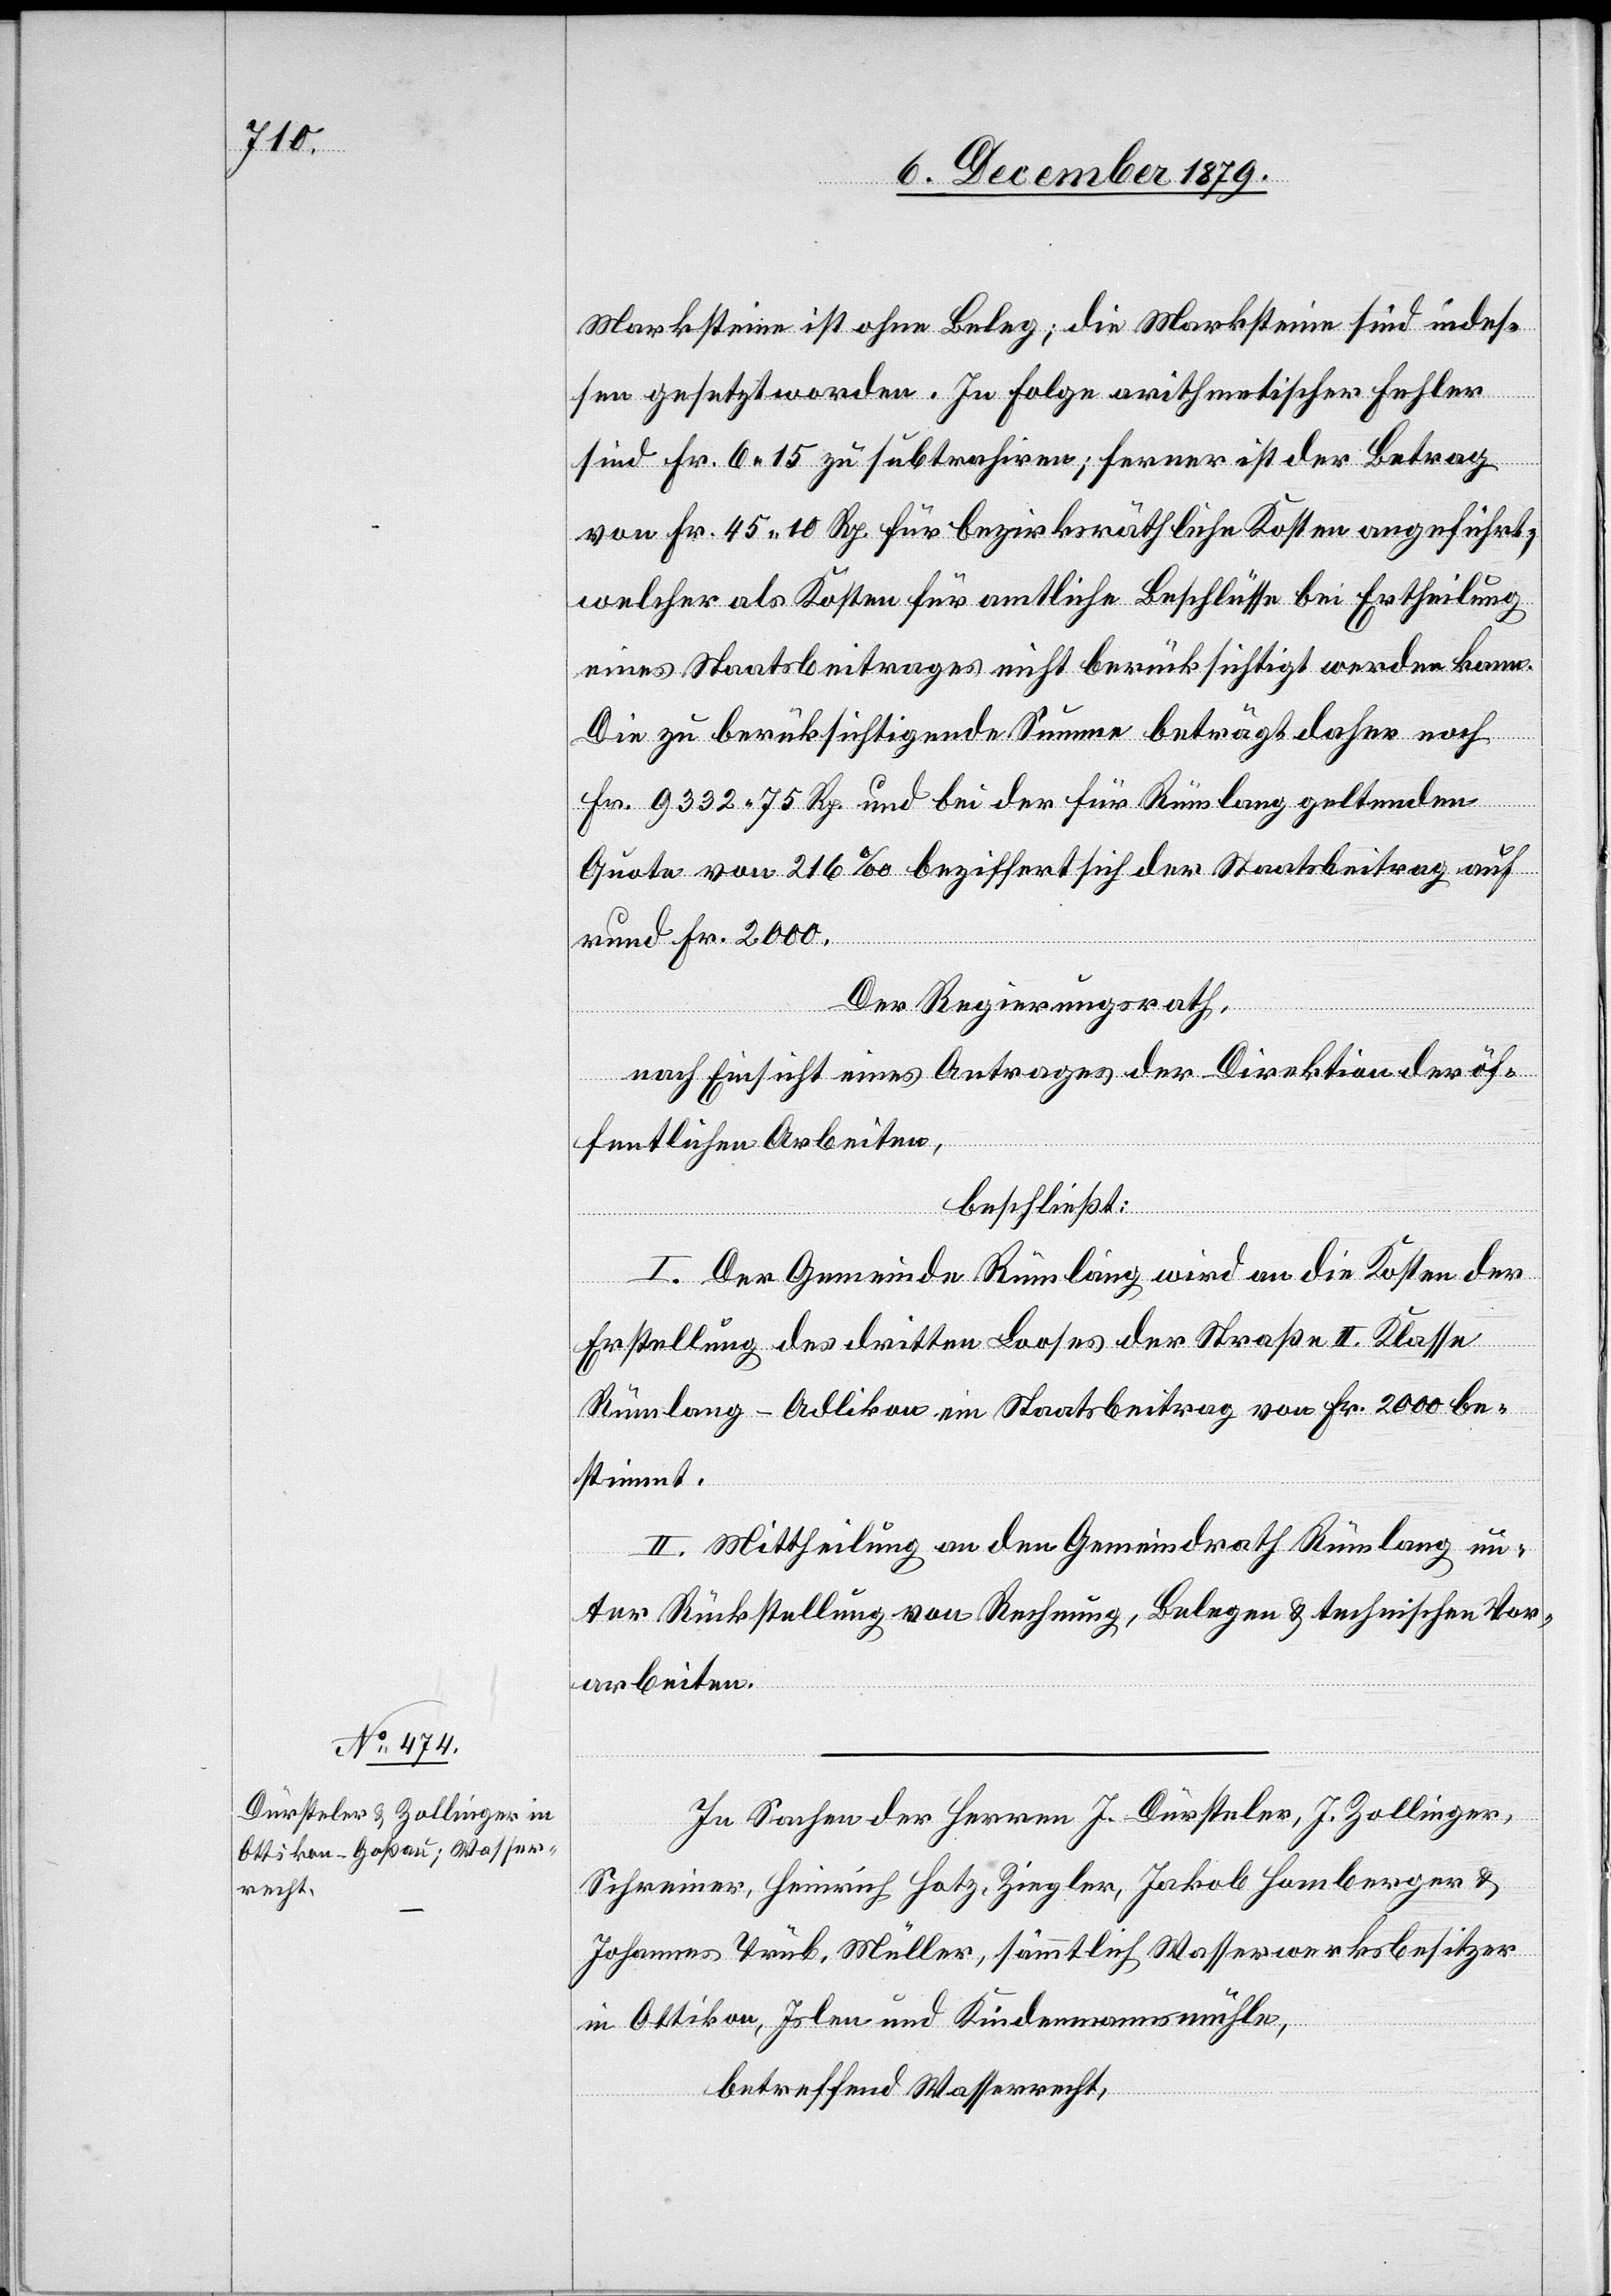
Marksteine ist ohne Beleg; die Marksteine sind indes¬
sen gesetzt worden. In Folge arithmetischer Fehler
sind Fr. 6 15 zu subtrahiren; ferner ist der Betrag
von Fr. 45 10 Rp. für bezirksräthliche Kosten angeführt;
welcher als Kosten für amtliche Beschlüsse bei Ertheilung
eines Staatsbeitrages nicht berücksichtigt werden kann.
Die zu berücksichtigende Summe beträgt daher noch
Fr. 9332 75 Rp. und bei der für Rümlang geltenden
Quote von 216% beziffert sich der Staatsbeitrag auf
rund Fr. 2000.
Der Regierungsrath,
nach Einsicht eines Antrages der Direktion der öf¬
fentlichen Arbeiten,
beschließt:
I. Der Gemeinde Rümlang wird an die Kosten der
Erstellung des dritten Looses der Straße II. Klasse
Rümlang–Adlikon ein Staatsbeitrag von Fr. 2000 be¬
stimmt.
II. Mittheilung an den Gemeindrath Rümlang un¬
ter Rückstellung von Rechnung, Belegen & technischen Vor¬
arbeiten.
In Sachen der Herren J. Dürsteler, J. Zollinger,
Schreiner, Heinrich Hotz, Ziegler, Jakob Homberger &
Johannes Trüb, Müller, sämmtlich Wasserwerksbesitzer
in Ottikon, Islen und Kindenmannsmühle,
betreffend Wasserrecht,